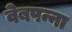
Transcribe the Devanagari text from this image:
वेबपन्ना